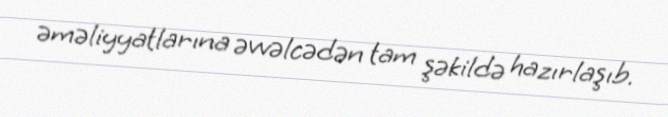
əməliyyatlarına əvvəlcədən tam şəkildə hazırlaşıb.